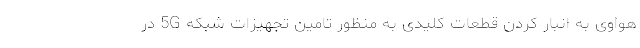
هواوی به انبار کردن قطعات کلیدی به منظور تامین تجهیزات شبکه 5G در